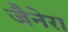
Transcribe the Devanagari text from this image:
जैनेरा